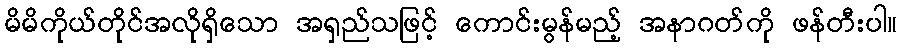
မိမိကိုယ်တိုင်အလိုရှိသော အရှည်သဖြင့် ကောင်းမွန်မည့် အနာဂတ်ကို ဖန်တီးပါ။